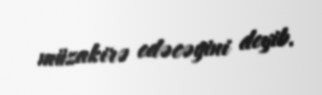
müzakirə edəcəyini deyib.